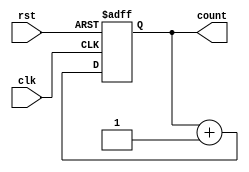
module binary_counter (
    input wire clk,      // Clock signal
    input wire rst,      // Asynchronous reset
    output reg [3:0] count // 4-bit output for current count
);

// State transition and output logic
always @(posedge clk or posedge rst) begin
    if (rst) begin
        count <= 4'b0000; // Reset count to 0
    end else begin
        count <= count + 1; // Increment count
    end
end

endmodule